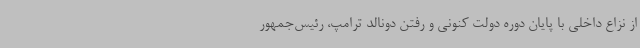
از نزاع داخلی با پایان دوره دولت کنونی و رفتن دونالد ترامپ، رئیس‌جمهور